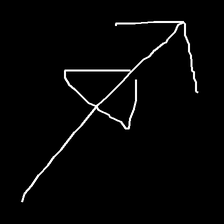
Glyph: pull